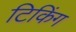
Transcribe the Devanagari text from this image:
टिकिंग